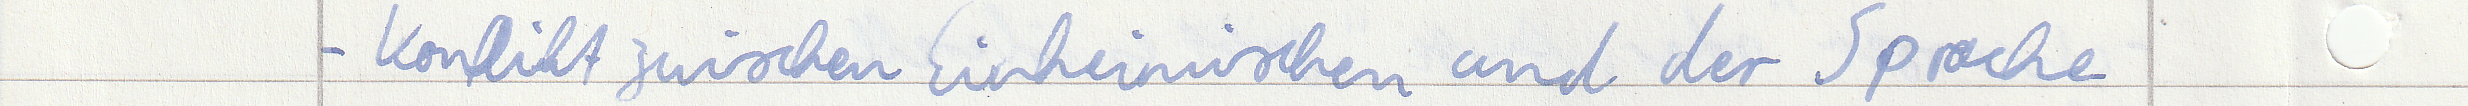
- Konflikt zwischen Einheimischen und der Sprache